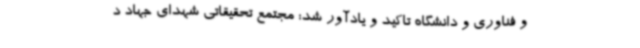
و فناوری و دانشگاه تاکید و یادآور شد: مجتمع تحقیقاتی شهدای جهاد د